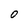
Character: O